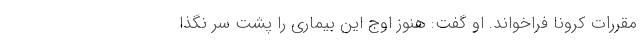
مقررات کرونا فراخواند. او گفت: هنوز اوج این بیماری را پشت سر نگذا